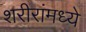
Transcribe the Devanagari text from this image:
शरीरांमध्ये